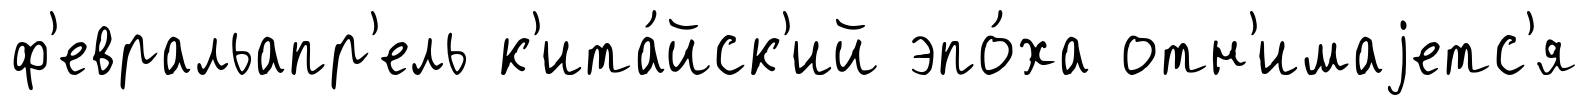
ф'евральапр'ель к'ита́йск'ий эпо́ха отн'имаjетс'я